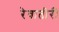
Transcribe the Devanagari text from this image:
रेवातीरी